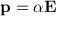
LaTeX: \mathbf { p } = \alpha \mathbf { E }